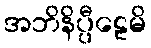
အဘိနိပ္ပီဠေမိ